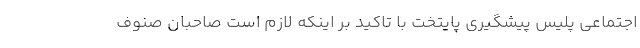
اجتماعی پلیس پیشگیری پایتخت با تاکید بر اینکه لازم است صاحبان صنوف